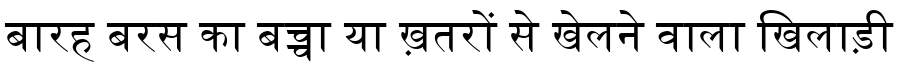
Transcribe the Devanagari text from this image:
बारह बरस का बच्चा या ख़तरों से खेलने वाला खिलाड़ी